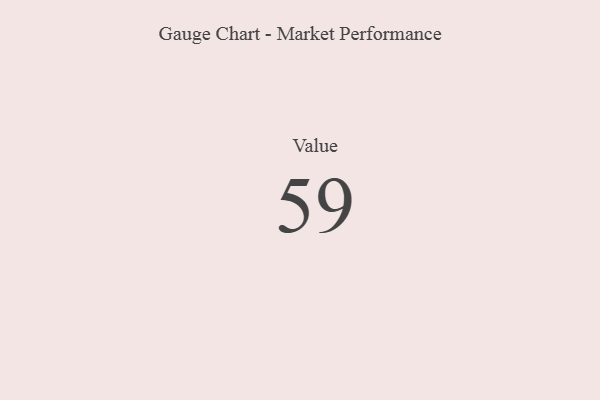
{"axis": {"x": "Metric", "y": "Value"}, "legend": [""], "data": [{"x": "Value", "y": 59, "type": ""}]}